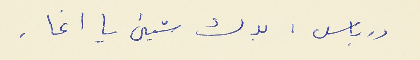
درباس : بدك شيىء يا اغا .